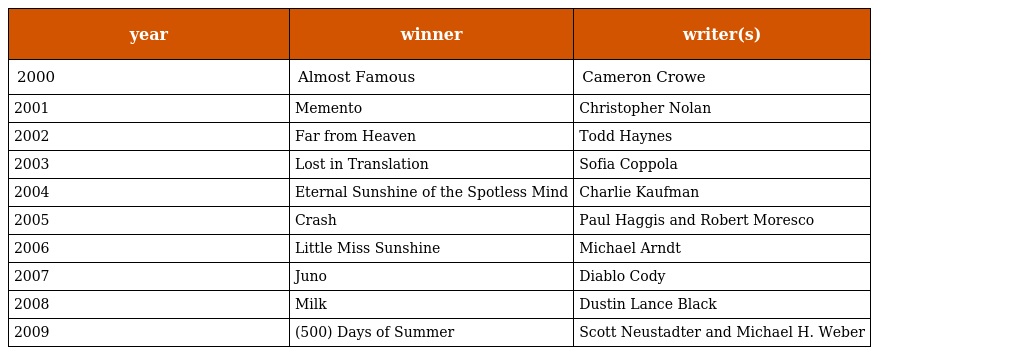
| year | winner | writer(s) |
 | --- | --- | --- |
 | 2000 | Almost Famous | Cameron Crowe |
 | 2001 | Memento | Christopher Nolan |
 | 2002 | Far from Heaven | Todd Haynes |
 | 2003 | Lost in Translation | Sofia Coppola |
 | 2004 | Eternal Sunshine of the Spotless Mind | Charlie Kaufman |
 | 2005 | Crash | Paul Haggis and Robert Moresco |
 | 2006 | Little Miss Sunshine | Michael Arndt |
 | 2007 | Juno | Diablo Cody |
 | 2008 | Milk | Dustin Lance Black |
 | 2009 | (500) Days of Summer | Scott Neustadter and Michael H. Weber |